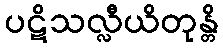
ပဋိသလ္လီယိတုန္တိ